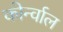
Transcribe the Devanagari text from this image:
कोर्न्वाल